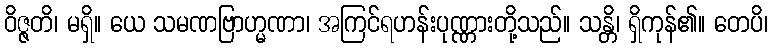
ဝိဇ္ဇတိ၊ မရှိ။ ယေ သမဏဗြာဟ္မဏာ၊ အကြင်ရဟန်းပုဏ္ဏားတို့သည်။ သန္တိ၊ ရှိကုန်၏။ တေပိ၊